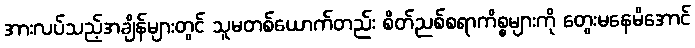
အားလပ်သည့်အချိန်များတွင် သူမတစ်ယောက်တည်း စိတ်ညစ်စရာကိစ္စများကို တွေးမနေမိအောင်